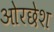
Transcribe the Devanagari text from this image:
ओरछेश